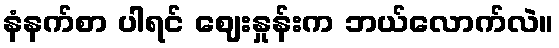
နံနက်စာ ပါရင် ဈေးနှုန်းက ဘယ်လောက်လဲ။